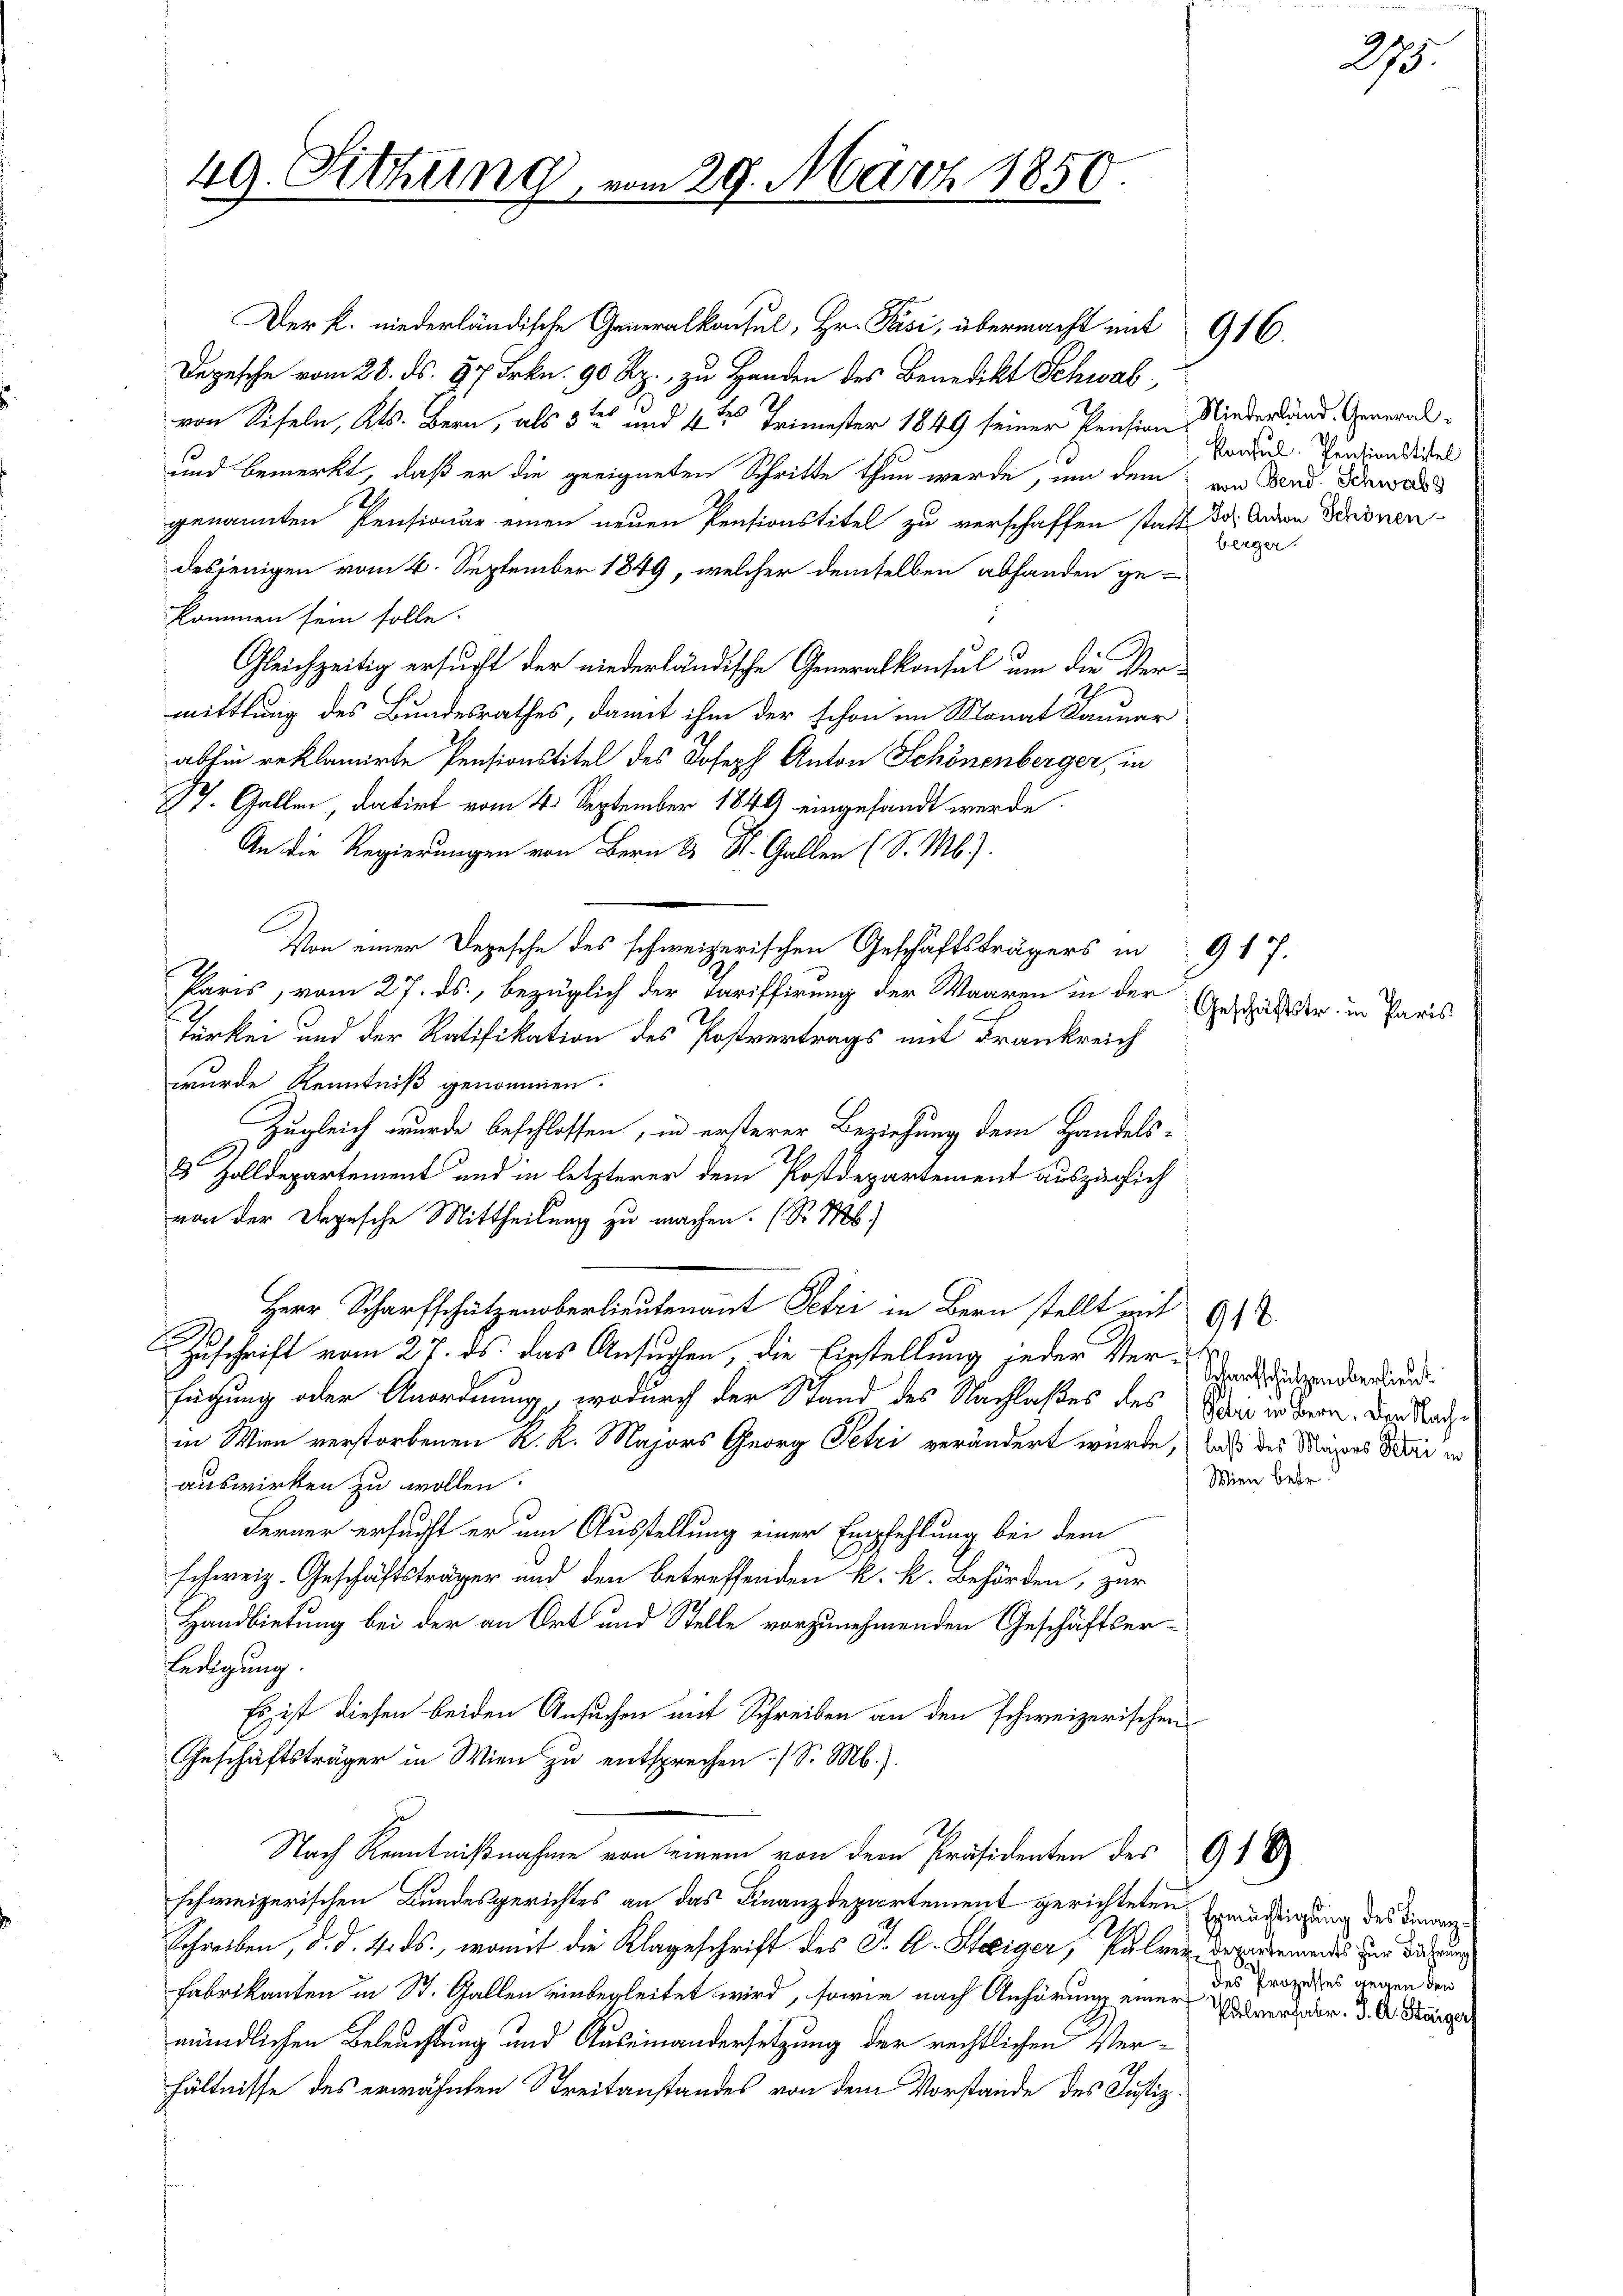
49. Sitzung

29. März 1850.

Der k. niederländische Generalkonsul, Hr. Pasi, übermacht mit 916.
Depesche vom 28. ds. 87 Frkn. 90 Rp. zu Handen des Benedikt Schwab
von Seifeln, Kts. Bern, als 3ten und 4ten Trimester 1849 seiner Pension Niederland. General¬
und bemerkt, daß er die geeigneten Schritte thun werde, um dem von Wind. Schwar
genannten Pensionär einen neuen Pensionstitel zu verschaffen statt das Anton Schönen-
desjenigen vom 4. September 1849, welcher demselben abhanden ge-
kommen sein solle.
Gleichzeitig ersucht der niederländische Generalkonsul um die Vermittlung des Bundesrathes, damit ihm der schon im Monat Januar
abhin reklamirte Pensionstitel des Joseph Anton Schönenberger, in
St. Gallen, datirt vom 4. September 1849 eingesandt werde.
An die Regierungen von Bern 8 St. Gallen (S. Mb).
Von einer Depesche des schweizerischen Geschäftsträgers in 917.
2
Paris, vom 27. ds., bezüglich der Tariffirung der Waaren in der
Türkei und der Ratifikation des Postvertrags mit Frankreich
wurde Kenntniß genommen.
Zugleich wurde beschlossen, in ersterer Beziehung dem Handels-
 Zolldepartement und in letzterer dem Postdepartement auszüglich
von der Depesche Mittheilung zu machen. (S. M.
Herr Scharfschützenberlieutenant Petri in Bern stellt mit 618.
Krs
Zuschrift vom 27. ds. das Ansuchen, die Einstellung jeder Ver- sonderbund
fügung oder Anordnung, wodurch der Stand des Nachlaßes des Stein in Bern. Der Sache
in Wien verstorbenen R. R. Majors Georg Petri verändert wurde, daß des Klages dabei in
auswirken zu wollen.
Ferner ersucht er um Ausstellung einer Empfehlung bei dem
schweiz. Geschäftsträger und den betreffenden k. k. Behörden, zur
Handbietung bei der an Ort und Stelle vorzunehmenden Geschäftserledigung.
Es ist diesen beiden Ansuchen mit Schreiben an den schweizerischen
Geschäftsträger in Wien zu entsprechen (S. M.).
Nach Kenntnißnahme von einem von dem Präsidenten des 910
schweizerischen Bundesgerichtes an das Finanzdepartement gerichteten Erwädigung des Finanz¬
Schreiben, d. d. 4. ds., womit die Klageschrift des C. A. Steiger, salver der ementes zur Sitzung
Fabrikanten in St. Gallen einbegleitet wird, sowie nach Anhörung einer Parensdor. d. A. Kaiser
mündlichen Beleuchtung und Auseinandersetzung der rechtlichen Verhältnisse des erwähnten Streitanstandes von dem Vorstande des Justiz.

Konsul Peictionstitel
berger.

Geschäftstr. in Paris

Wien betr.

27.

des Prozesses gegen den